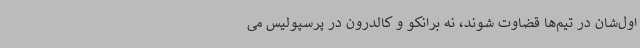
اول‌شان در تیم‌ها قضاوت شوند، نه برانکو و کالدرون در پرسپولیس می‌